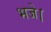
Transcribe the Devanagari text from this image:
भजे।